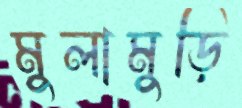
মুলামুড়ি